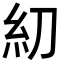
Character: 糿